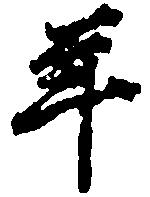
年